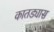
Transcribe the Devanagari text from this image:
कातड्यास